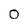
Character: 0